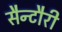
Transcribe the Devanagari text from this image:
सैन्टौरी